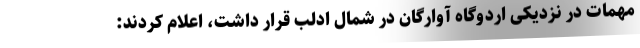
مهمات در نزدیکی اردوگاه آوارگان در شمال ادلب قرار داشت، اعلام کردند: